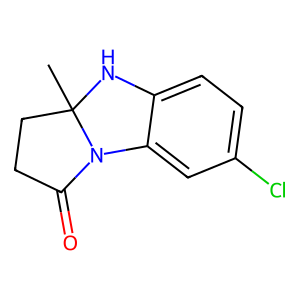
SMILES: CC12CCC(=O)N1c1cc(Cl)ccc1N2
Inhibits HIV replication: No